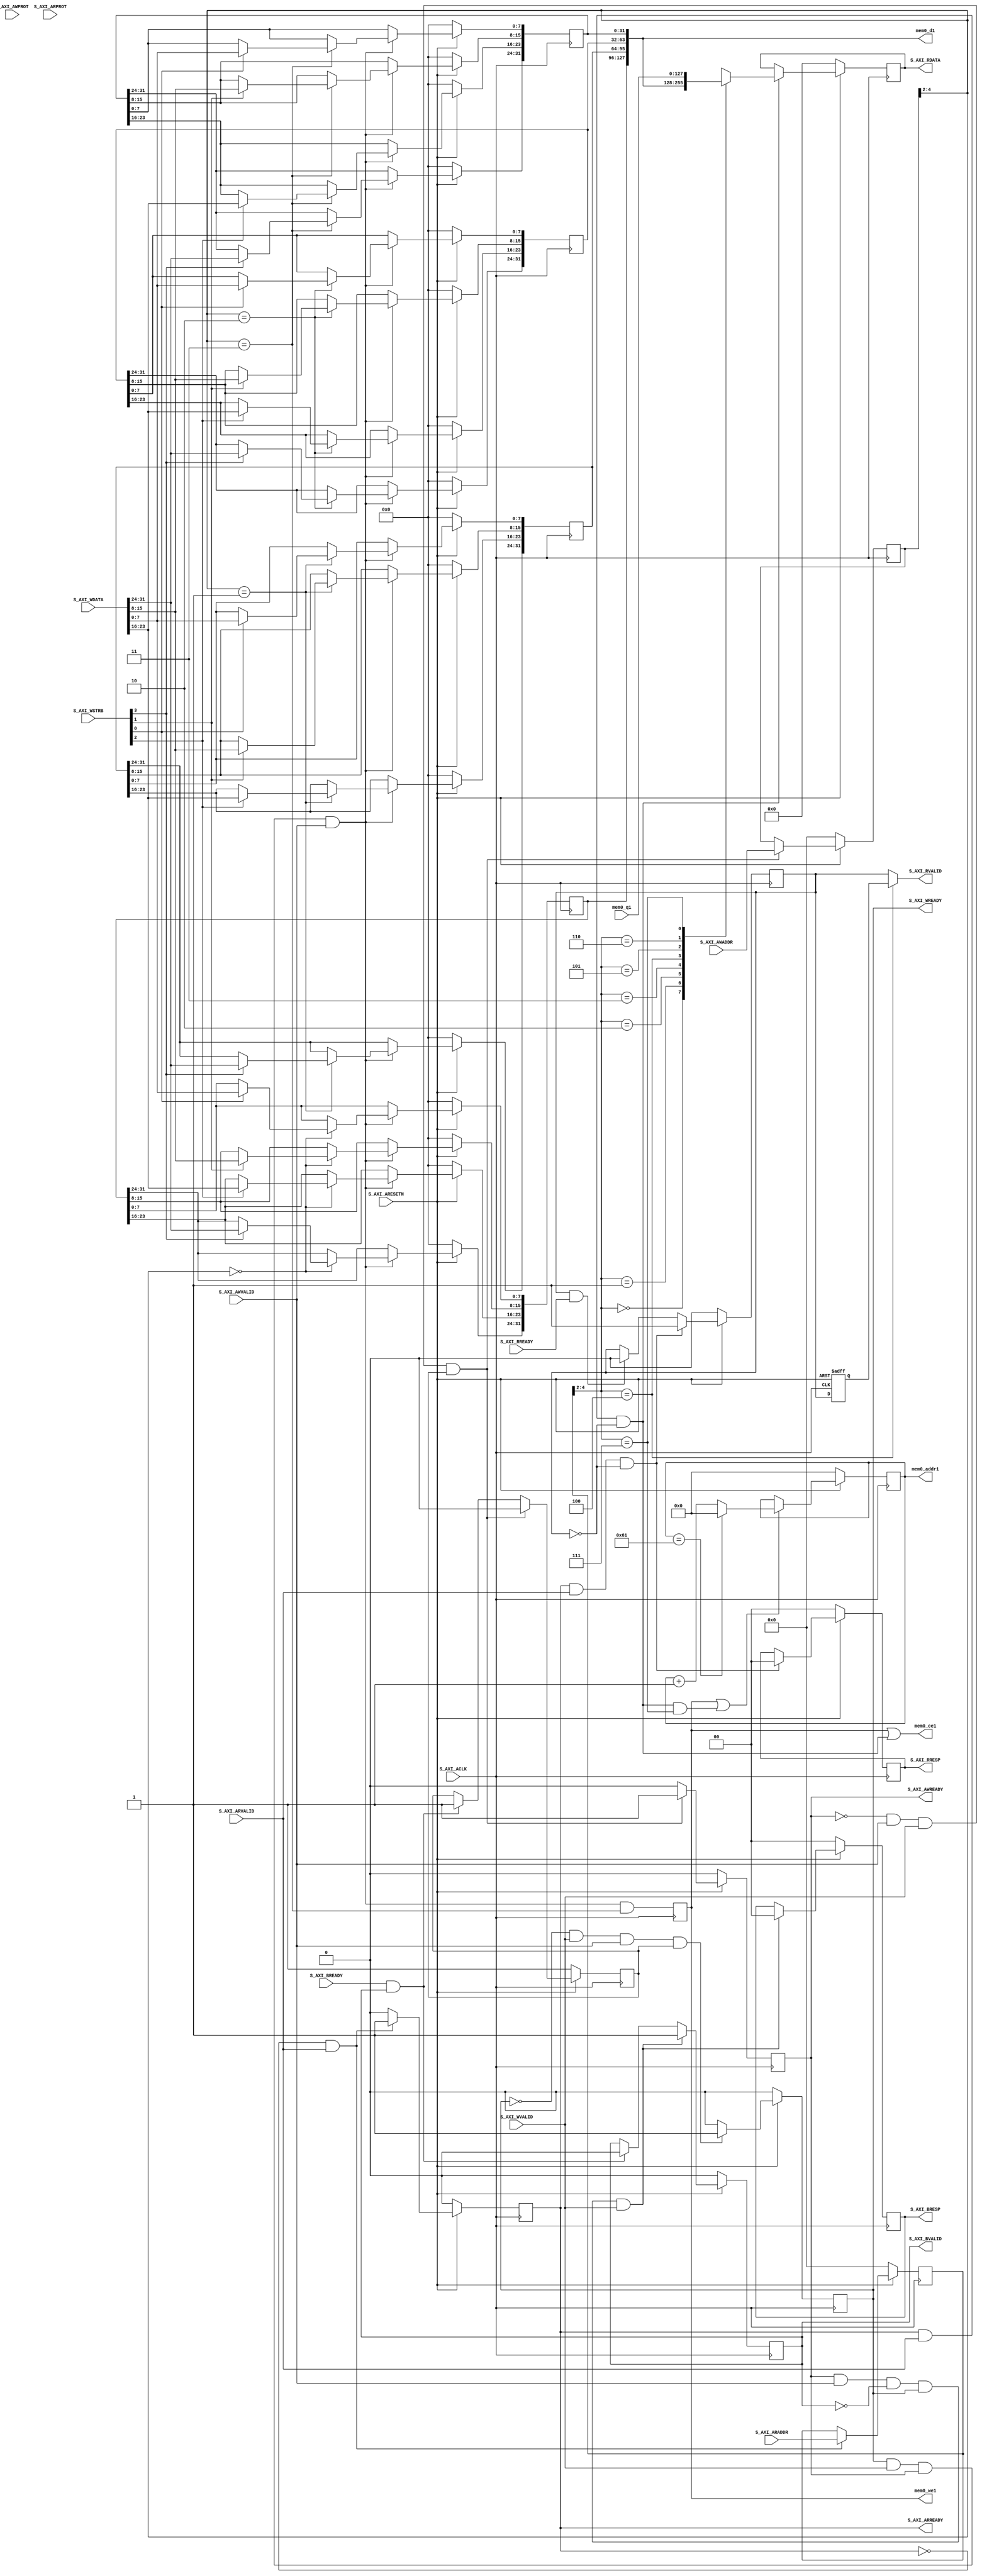

`timescale 1 ns / 1 ps

	module myip_v1_0_S00_AXI #
	(
		// Users to add parameters here
		parameter integer MEM0_DEPTH = 98,
		parameter integer MEM0_ADDR_WIDTH = 7,
		parameter integer MEM0_DATA_WIDTH = 128,
		// User parameters ends
		// Do not modify the parameters beyond this line

		// Width of S_AXI data bus
		parameter integer C_S_AXI_DATA_WIDTH	= 32,
		// Width of S_AXI address bus
		parameter integer C_S_AXI_ADDR_WIDTH	= 5
	)
	(
		// Users to add ports here
		input wire [MEM0_DATA_WIDTH-1:0] mem0_q1,
		output wire	[MEM0_ADDR_WIDTH-1:0] mem0_addr1,
		output wire	mem0_ce1,
		output wire	mem0_we1,
		output wire	[MEM0_DATA_WIDTH-1:0] mem0_d1,
		// User ports ends
		// Do not modify the ports beyond this line

		// Global Clock Signal
		input wire  S_AXI_ACLK,
		// Global Reset Signal. This Signal is Active LOW
		input wire  S_AXI_ARESETN,
		// Write address (issued by master, acceped by Slave)
		input wire [C_S_AXI_ADDR_WIDTH-1 : 0] S_AXI_AWADDR,
		// Write channel Protection type. This signal indicates the
    		// privilege and security level of the transaction, and whether
    		// the transaction is a data access or an instruction access.
		input wire [2 : 0] S_AXI_AWPROT,
		// Write address valid. This signal indicates that the master signaling
    		// valid write address and control information.
		input wire  S_AXI_AWVALID,
		// Write address ready. This signal indicates that the slave is ready
    		// to accept an address and associated control signals.
		output wire  S_AXI_AWREADY,
		// Write data (issued by master, acceped by Slave) 
		input wire [C_S_AXI_DATA_WIDTH-1 : 0] S_AXI_WDATA,
		// Write strobes. This signal indicates which byte lanes hold
    		// valid data. There is one write strobe bit for each eight
    		// bits of the write data bus.    
		input wire [(C_S_AXI_DATA_WIDTH/8)-1 : 0] S_AXI_WSTRB,
		// Write valid. This signal indicates that valid write
    		// data and strobes are available.
		input wire  S_AXI_WVALID,
		// Write ready. This signal indicates that the slave
    		// can accept the write data.
		output wire  S_AXI_WREADY,
		// Write response. This signal indicates the status
    		// of the write transaction.
		output wire [1 : 0] S_AXI_BRESP,
		// Write response valid. This signal indicates that the channel
    		// is signaling a valid write response.
		output wire  S_AXI_BVALID,
		// Response ready. This signal indicates that the master
    		// can accept a write response.
		input wire  S_AXI_BREADY,
		// Read address (issued by master, acceped by Slave)
		input wire [C_S_AXI_ADDR_WIDTH-1 : 0] S_AXI_ARADDR,
		// Protection type. This signal indicates the privilege
    		// and security level of the transaction, and whether the
    		// transaction is a data access or an instruction access.
		input wire [2 : 0] S_AXI_ARPROT,
		// Read address valid. This signal indicates that the channel
    		// is signaling valid read address and control information.
		input wire  S_AXI_ARVALID,
		// Read address ready. This signal indicates that the slave is
    		// ready to accept an address and associated control signals.
		output wire  S_AXI_ARREADY,
		// Read data (issued by slave)
		output wire [C_S_AXI_DATA_WIDTH-1 : 0] S_AXI_RDATA,
		// Read response. This signal indicates the status of the
    		// read transfer.
		output wire [1 : 0] S_AXI_RRESP,
		// Read valid. This signal indicates that the channel is
    		// signaling the required read data.
		output wire  S_AXI_RVALID,
		// Read ready. This signal indicates that the master can
    		// accept the read data and response information.
		input wire  S_AXI_RREADY
	);

	// AXI4LITE signals
	reg [C_S_AXI_ADDR_WIDTH-1 : 0] 	axi_awaddr;
	reg  	axi_awready;
	reg  	axi_wready;
	reg [1 : 0] 	axi_bresp;
	reg  	axi_bvalid;
	reg [C_S_AXI_ADDR_WIDTH-1 : 0] 	axi_araddr;
	reg  	axi_arready;
	reg [C_S_AXI_DATA_WIDTH-1 : 0] 	axi_rdata;
	reg [1 : 0] 	axi_rresp;
	reg  	axi_rvalid;
	reg		axi_rvalid_d;
	reg 	axi_rvalid_selected;
	
	// Example-specific design signals
	// local parameter for addressing 32 bit / 64 bit C_S_AXI_DATA_WIDTH
	// ADDR_LSB is used for addressing 32/64 bit registers/memories
	// ADDR_LSB = 2 for 32 bits (n downto 2)
	// ADDR_LSB = 3 for 64 bits (n downto 3)
	localparam integer ADDR_LSB = (C_S_AXI_DATA_WIDTH/32) + 1;
	localparam integer OPT_MEM_ADDR_BITS = 2;
	//----------------------------------------------
	//-- Signals for user logic register space example
	//------------------------------------------------
	//-- Number of Slave Registers 8
	reg [C_S_AXI_DATA_WIDTH-1:0]	slv_reg0;
	reg [C_S_AXI_DATA_WIDTH-1:0]	slv_reg1;
	reg [C_S_AXI_DATA_WIDTH-1:0]	slv_reg2;
	reg [C_S_AXI_DATA_WIDTH-1:0]	slv_reg3;
	reg [C_S_AXI_DATA_WIDTH-1:0]	slv_reg4;
	reg [C_S_AXI_DATA_WIDTH-1:0]	slv_reg5;
	reg [C_S_AXI_DATA_WIDTH-1:0]	slv_reg6;
	reg [C_S_AXI_DATA_WIDTH-1:0]	slv_reg7;
	wire	 slv_reg_rden;
	wire	 slv_reg_wren;
	reg [C_S_AXI_DATA_WIDTH-1:0]	 reg_data_out;
	integer	 byte_index;
	reg	 aw_en;

	// I/O Connections assignments

	assign S_AXI_AWREADY	= axi_awready;
	assign S_AXI_WREADY	= axi_wready;
	assign S_AXI_BRESP	= axi_bresp;
	assign S_AXI_BVALID	= axi_bvalid;
	assign S_AXI_ARREADY	= axi_arready;
	assign S_AXI_RDATA	= axi_rdata;
	assign S_AXI_RRESP	= axi_rresp;

	//(added)
	//assign S_AXI_RVALID	= axi_rvalid;
	assign S_AXI_RVALID = axi_rvalid_selected;

	// Implement axi_awready generation
	// axi_awready is asserted for one S_AXI_ACLK clock cycle when both
	// S_AXI_AWVALID and S_AXI_WVALID are asserted. axi_awready is
	// de-asserted when reset is low.

	always @( posedge S_AXI_ACLK )
	begin
	  if ( S_AXI_ARESETN == 1'b0 )
	    begin
	      axi_awready <= 1'b0;
	      aw_en <= 1'b1;
	    end 
	  else
	    begin    
	      if (~axi_awready && S_AXI_AWVALID && S_AXI_WVALID && aw_en)
	        begin
	          // slave is ready to accept write address when 
	          // there is a valid write address and write data
	          // on the write address and data bus. This design 
	          // expects no outstanding transactions. 
	          axi_awready <= 1'b1;
	          aw_en <= 1'b0;
	        end
	        else if (S_AXI_BREADY && axi_bvalid)
	            begin
	              aw_en <= 1'b1;
	              axi_awready <= 1'b0;
	            end
	      else           
	        begin
	          axi_awready <= 1'b0;
	        end
	    end 
	end       

	// Implement axi_awaddr latching
	// This process is used to latch the address when both 
	// S_AXI_AWVALID and S_AXI_WVALID are valid. 

	always @( posedge S_AXI_ACLK )
	begin
	  if ( S_AXI_ARESETN == 1'b0 )
	    begin
	      axi_awaddr <= 0;
	    end 
	  else
	    begin    
	      if (~axi_awready && S_AXI_AWVALID && S_AXI_WVALID && aw_en)
	        begin
	          // Write Address latching 
	          axi_awaddr <= S_AXI_AWADDR;
	        end
	    end 
	end       

	// Implement axi_wready generation
	// axi_wready is asserted for one S_AXI_ACLK clock cycle when both
	// S_AXI_AWVALID and S_AXI_WVALID are asserted. axi_wready is 
	// de-asserted when reset is low. 

	always @( posedge S_AXI_ACLK )
	begin
	  if ( S_AXI_ARESETN == 1'b0 )
	    begin
	      axi_wready <= 1'b0;
	    end 
	  else
	    begin    
	      if (~axi_wready && S_AXI_WVALID && S_AXI_AWVALID && aw_en )
	        begin
	          // slave is ready to accept write data when 
	          // there is a valid write address and write data
	          // on the write address and data bus. This design 
	          // expects no outstanding transactions. 
	          axi_wready <= 1'b1;
	        end
	      else
	        begin
	          axi_wready <= 1'b0;
	        end
	    end 
	end       

	// Implement memory mapped register select and write logic generation
	// The write data is accepted and written to memory mapped registers when
	// axi_awready, S_AXI_WVALID, axi_wready and S_AXI_WVALID are asserted. Write strobes are used to
	// select byte enables of slave registers while writing.
	// These registers are cleared when reset (active low) is applied.
	// Slave register write enable is asserted when valid address and data are available
	// and the slave is ready to accept the write address and write data.
	assign slv_reg_wren = axi_wready && S_AXI_WVALID && axi_awready && S_AXI_AWVALID;

	always @( posedge S_AXI_ACLK )
	begin
	  if ( S_AXI_ARESETN == 1'b0 )
	    begin
	      slv_reg0 <= 0;
	      slv_reg1 <= 0;
	      slv_reg2 <= 0;
	      slv_reg3 <= 0;
		  // (added)
	      // slv_reg4 <= 0;
	      // slv_reg5 <= 0;
	      // slv_reg6 <= 0;
	      // slv_reg7 <= 0;
	    end 
	  else begin
	    if (slv_reg_wren)
	      begin
	        case ( axi_awaddr[ADDR_LSB+OPT_MEM_ADDR_BITS:ADDR_LSB] )
	          3'h0:
	            for ( byte_index = 0; byte_index <= (C_S_AXI_DATA_WIDTH/8)-1; byte_index = byte_index+1 )
	              if ( S_AXI_WSTRB[byte_index] == 1 ) begin
	                // Respective byte enables are asserted as per write strobes 
	                // Slave register 0
	                slv_reg0[(byte_index*8) +: 8] <= S_AXI_WDATA[(byte_index*8) +: 8];
	              end  
	          3'h1:
	            for ( byte_index = 0; byte_index <= (C_S_AXI_DATA_WIDTH/8)-1; byte_index = byte_index+1 )
	              if ( S_AXI_WSTRB[byte_index] == 1 ) begin
	                // Respective byte enables are asserted as per write strobes 
	                // Slave register 1
	                slv_reg1[(byte_index*8) +: 8] <= S_AXI_WDATA[(byte_index*8) +: 8];
	              end  
	          3'h2:
	            for ( byte_index = 0; byte_index <= (C_S_AXI_DATA_WIDTH/8)-1; byte_index = byte_index+1 )
	              if ( S_AXI_WSTRB[byte_index] == 1 ) begin
	                // Respective byte enables are asserted as per write strobes 
	                // Slave register 2
	                slv_reg2[(byte_index*8) +: 8] <= S_AXI_WDATA[(byte_index*8) +: 8];
	              end  
	          3'h3:
	            for ( byte_index = 0; byte_index <= (C_S_AXI_DATA_WIDTH/8)-1; byte_index = byte_index+1 )
	              if ( S_AXI_WSTRB[byte_index] == 1 ) begin
	                // Respective byte enables are asserted as per write strobes 
	                // Slave register 3
	                slv_reg3[(byte_index*8) +: 8] <= S_AXI_WDATA[(byte_index*8) +: 8];
	              end 
			//(added)
	        //  3'h4:
	        //    for ( byte_index = 0; byte_index <= (C_S_AXI_DATA_WIDTH/8)-1; byte_index = byte_index+1 )
	        //      if ( S_AXI_WSTRB[byte_index] == 1 ) begin
	        //        // Respective byte enables are asserted as per write strobes 
	        //        // Slave register 4
	        //        slv_reg4[(byte_index*8) +: 8] <= S_AXI_WDATA[(byte_index*8) +: 8];
	        //      end  
	        //  3'h5:
	        //    for ( byte_index = 0; byte_index <= (C_S_AXI_DATA_WIDTH/8)-1; byte_index = byte_index+1 )
	        //      if ( S_AXI_WSTRB[byte_index] == 1 ) begin
	        //        // Respective byte enables are asserted as per write strobes 
	        //        // Slave register 5
	        //        slv_reg5[(byte_index*8) +: 8] <= S_AXI_WDATA[(byte_index*8) +: 8];
	        //      end  
	        //  3'h6:
	        //    for ( byte_index = 0; byte_index <= (C_S_AXI_DATA_WIDTH/8)-1; byte_index = byte_index+1 )
	        //      if ( S_AXI_WSTRB[byte_index] == 1 ) begin
	        //        // Respective byte enables are asserted as per write strobes 
	        //        // Slave register 6
	        //        slv_reg6[(byte_index*8) +: 8] <= S_AXI_WDATA[(byte_index*8) +: 8];
	        //      end  
	        //  3'h7:
	        //    for ( byte_index = 0; byte_index <= (C_S_AXI_DATA_WIDTH/8)-1; byte_index = byte_index+1 )
	        //      if ( S_AXI_WSTRB[byte_index] == 1 ) begin
	        //        // Respective byte enables are asserted as per write strobes 
	        //        // Slave register 7
	        //        slv_reg7[(byte_index*8) +: 8] <= S_AXI_WDATA[(byte_index*8) +: 8];
	        //      end  
	          default : begin
	                      slv_reg0 <= slv_reg0;
	                      slv_reg1 <= slv_reg1;
	                      slv_reg2 <= slv_reg2;
	                      slv_reg3 <= slv_reg3;
						  // (added)
	                      // slv_reg4 <= slv_reg4;
	                      // slv_reg5 <= slv_reg5;
	                      // slv_reg6 <= slv_reg6;
	                      // slv_reg7 <= slv_reg7;
	                    end
	        endcase
	      end
	  end
	end    

	// Implement write response logic generation
	// The write response and response valid signals are asserted by the slave 
	// when axi_wready, S_AXI_WVALID, axi_wready and S_AXI_WVALID are asserted.  
	// This marks the acceptance of address and indicates the status of 
	// write transaction.

	always @( posedge S_AXI_ACLK )
	begin
	  if ( S_AXI_ARESETN == 1'b0 )
	    begin
	      axi_bvalid  <= 0;
	      axi_bresp   <= 2'b0;
	    end 
	  else
	    begin    
	      if (axi_awready && S_AXI_AWVALID && ~axi_bvalid && axi_wready && S_AXI_WVALID)
	        begin
	          // indicates a valid write response is available
	          axi_bvalid <= 1'b1;
	          axi_bresp  <= 2'b0; // 'OKAY' response 
	        end                   // work error responses in future
	      else
	        begin
	          if (S_AXI_BREADY && axi_bvalid) 
	            //check if bready is asserted while bvalid is high) 
	            //(there is a possibility that bready is always asserted high)   
	            begin
	              axi_bvalid <= 1'b0; 
	            end  
	        end
	    end
	end   

	// Implement axi_arready generation
	// axi_arready is asserted for one S_AXI_ACLK clock cycle when
	// S_AXI_ARVALID is asserted. axi_awready is 
	// de-asserted when reset (active low) is asserted. 
	// The read address is also latched when S_AXI_ARVALID is 
	// asserted. axi_araddr is reset to zero on reset assertion.

	always @( posedge S_AXI_ACLK )
	begin
	  if ( S_AXI_ARESETN == 1'b0 )
	    begin
	      axi_arready <= 1'b0;
	      axi_araddr  <= 32'b0;
	    end 
	  else
	    begin    
	      if (~axi_arready && S_AXI_ARVALID)
	        begin
	          // indicates that the slave has acceped the valid read address
	          axi_arready <= 1'b1;
	          // Read address latching
	          axi_araddr  <= S_AXI_ARADDR;
	        end
	      else
	        begin
	          axi_arready <= 1'b0;
	        end
	    end 
	end       

	// Implement axi_arvalid generation
	// axi_rvalid is asserted for one S_AXI_ACLK clock cycle when both 
	// S_AXI_ARVALID and axi_arready are asserted. The slave registers 
	// data are available on the axi_rdata bus at this instance. The 
	// assertion of axi_rvalid marks the validity of read data on the 
	// bus and axi_rresp indicates the status of read transaction.axi_rvalid 
	// is deasserted on reset (active low). axi_rresp and axi_rdata are 
	// cleared to zero on reset (active low).  
	always @( posedge S_AXI_ACLK )
	begin
	  if ( S_AXI_ARESETN == 1'b0 )
	    begin
	      axi_rvalid <= 0;
	      axi_rresp  <= 0;
	    end 
	  else
	    begin    
	      if (axi_arready && S_AXI_ARVALID && ~axi_rvalid)
	        begin
	          // Valid read data is available at the read data bus
	          axi_rvalid <= 1'b1;
	          axi_rresp  <= 2'b0; // 'OKAY' response
	        end   
	      else if (axi_rvalid && S_AXI_RREADY)
	        begin
	          // Read data is accepted by the master
	          axi_rvalid <= 1'b0;
	        end                
	    end
	end    

	//(added)
	reg slv_reg_rden_d;
	always @(posedge S_AXI_ACLK or negedge S_AXI_ARESETN) begin
	    if(!S_AXI_ARESETN) begin
			axi_rvalid_d	<= 'd0;
			slv_reg_rden_d	<= 'd0;
	    end else begin
			axi_rvalid_d	<= axi_rvalid;
			slv_reg_rden_d	<= slv_reg_rden;
	    end 
	end



	// Implement memory mapped register select and read logic generation
	// Slave register read enable is asserted when valid address is available
	// and the slave is ready to accept the read address.
	assign slv_reg_rden = axi_arready & S_AXI_ARVALID & ~axi_rvalid;
	always @(*)
	begin
	      // Address decoding for reading registers
	      case ( axi_araddr[ADDR_LSB+OPT_MEM_ADDR_BITS:ADDR_LSB] )
	        3'h0   : reg_data_out <= slv_reg0;
	        3'h1   : reg_data_out <= slv_reg1;
	        3'h2   : reg_data_out <= slv_reg2;
	        3'h3   : reg_data_out <= slv_reg3;
	        3'h4   : reg_data_out <= mem0_q1[(C_S_AXI_DATA_WIDTH*3)+:C_S_AXI_DATA_WIDTH];
	        3'h5   : reg_data_out <= mem0_q1[(C_S_AXI_DATA_WIDTH*2)+:C_S_AXI_DATA_WIDTH];
	        3'h6   : reg_data_out <= mem0_q1[(C_S_AXI_DATA_WIDTH)  +:C_S_AXI_DATA_WIDTH];
	        3'h7   : reg_data_out <= mem0_q1[ 0                    +:C_S_AXI_DATA_WIDTH];
	        default : reg_data_out <= 0;
	      endcase
	end

	// Output register or memory read data
	always @( posedge S_AXI_ACLK )
	begin
	  if ( S_AXI_ARESETN == 1'b0 )
	    begin
	      axi_rdata  <= 0;
	    end 
	  else
	    begin    
	      // When there is a valid read address (S_AXI_ARVALID) with 
	      // acceptance of read address by the slave (axi_arready), 
	      // output the read dada 
	      if (slv_reg_rden)
	        begin
	          axi_rdata <= reg_data_out;     // register read data
	        end   
	    end
	end    

	// Add user logic here
	wire [C_S_AXI_ADDR_WIDTH-1:0]   slv_reg_0_addr = 'h0;
	wire [C_S_AXI_ADDR_WIDTH-1:0]   slv_reg_1_addr = 'h4;
	wire [C_S_AXI_ADDR_WIDTH-1:0]   slv_reg_2_addr = 'h8;
	wire [C_S_AXI_ADDR_WIDTH-1:0]   slv_reg_3_addr = 'hc;

	wire [C_S_AXI_ADDR_WIDTH-1:0]   slv_reg_4_addr = 'h10;
	wire [C_S_AXI_ADDR_WIDTH-1:0]   slv_reg_5_addr = 'h14;
	wire [C_S_AXI_ADDR_WIDTH-1:0]   slv_reg_6_addr = 'h18;
	wire [C_S_AXI_ADDR_WIDTH-1:0]   slv_reg_7_addr = 'h1c;

	// make write_hit signal
	wire mem0_data_write_hit = slv_reg_wren && (axi_awaddr[ADDR_LSB+OPT_MEM_ADDR_BITS:ADDR_LSB] == slv_reg_3_addr[ADDR_LSB+OPT_MEM_ADDR_BITS:ADDR_LSB]);
	reg mem0_data_write_hit_delay;
	always@(posedge S_AXI_ACLK) begin
		mem0_data_write_hit_delay <= mem0_data_write_hit;
	end

	wire mem0_data_read_hit = slv_reg_rden; // && (axi_awaddr[ADDR_LSB+OPT_MEM_ADDR_BITS:ADDR_LSB] == slv_reg_4_addr[ADDR_LSB+OPT_MEM_ADDR_BITS:ADDR_LSB]);
	wire mem0_data_read_hit_cnt = 	slv_reg_rden && (axi_araddr[ADDR_LSB+OPT_MEM_ADDR_BITS:ADDR_LSB] == slv_reg_7_addr[ADDR_LSB+OPT_MEM_ADDR_BITS:ADDR_LSB]);									
	
	reg [MEM0_ADDR_WIDTH-1:0] mem0_addr_cnt;
	always@(posedge S_AXI_ACLK) begin
		if ( S_AXI_ARESETN == 1'b0 ) begin
			mem0_addr_cnt <= 0;
		end else if(mem0_data_write_hit_delay || mem0_data_read_hit_cnt) begin
			if(mem0_addr_cnt == MEM0_DEPTH-1)
				mem0_addr_cnt <= 0;
			else
				mem0_addr_cnt <= mem0_addr_cnt + 1;
		end
	end
	
	always@(*) begin
		if(axi_araddr[ADDR_LSB+OPT_MEM_ADDR_BITS:ADDR_LSB] == slv_reg_4_addr[ADDR_LSB+OPT_MEM_ADDR_BITS:ADDR_LSB])
			axi_rvalid_selected = axi_rvalid_d;
		else
			axi_rvalid_selected = axi_rvalid;
	end


	assign mem0_addr1 	= mem0_addr_cnt[MEM0_ADDR_WIDTH-1:0]; 
	assign mem0_ce1		= mem0_data_write_hit_delay || mem0_data_read_hit;
	assign mem0_we1		= mem0_data_write_hit_delay;
	assign mem0_d1		= {slv_reg0, slv_reg1, slv_reg2, slv_reg3};
	// User logic ends

	endmodule